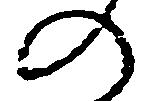
の